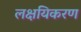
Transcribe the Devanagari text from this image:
लक्षयिकरण